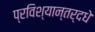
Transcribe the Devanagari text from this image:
प्रविश्यान्तर्दधे